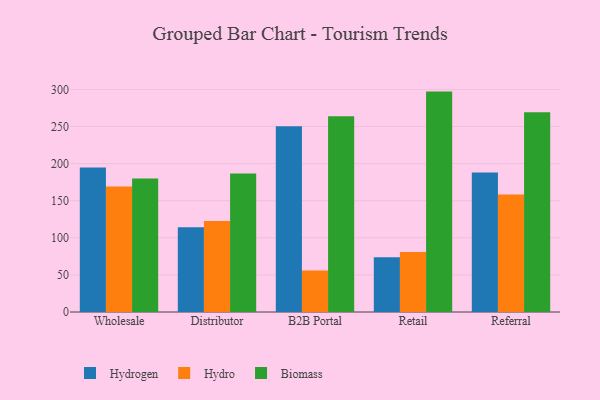
{"axis": {"x": "Channel", "y": "Shipments"}, "legend": ["Biomass", "Hydro", "Hydrogen"], "data": [{"x": "Wholesale", "y": 194.7, "type": "Hydrogen"}, {"x": "Wholesale", "y": 169.3, "type": "Hydro"}, {"x": "Wholesale", "y": 180.1, "type": "Biomass"}, {"x": "Distributor", "y": 114.1, "type": "Hydrogen"}, {"x": "Distributor", "y": 122.5, "type": "Hydro"}, {"x": "Distributor", "y": 186.6, "type": "Biomass"}, {"x": "B2B Portal", "y": 250.4, "type": "Hydrogen"}, {"x": "B2B Portal", "y": 56.1, "type": "Hydro"}, {"x": "B2B Portal", "y": 263.9, "type": "Biomass"}, {"x": "Retail", "y": 73.7, "type": "Hydrogen"}, {"x": "Retail", "y": 80.9, "type": "Hydro"}, {"x": "Retail", "y": 297.1, "type": "Biomass"}, {"x": "Referral", "y": 188.1, "type": "Hydrogen"}, {"x": "Referral", "y": 158.4, "type": "Hydro"}, {"x": "Referral", "y": 269.4, "type": "Biomass"}]}